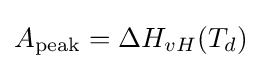
A_{\text{peak}}=\Delta H_{vH}(T_{d})